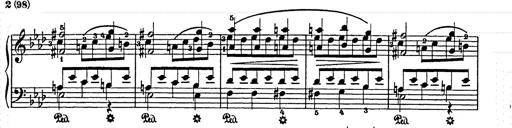
Title: Elegy No.1
Composer: Franz Liszt
Key: A-flat major